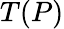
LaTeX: T(P)